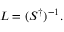
L = ( S ^ { \dagger } ) ^ { - 1 } .